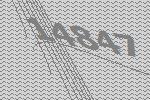
14847